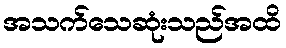
အသက်သေဆုံးသည်အထိ